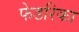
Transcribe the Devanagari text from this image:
फेडरिका